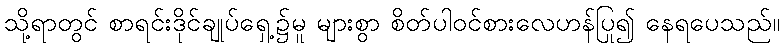
သို့ရာတွင် စာရင်းဒိုင်ချုပ်ရှေ့၌မူ များစွာ စိတ်ပါဝင်စားလေဟန်ပြု၍ နေရပေသည်။